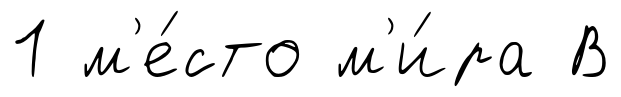
1 м'е́сто м'и́ра В